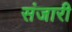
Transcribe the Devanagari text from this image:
संजारी